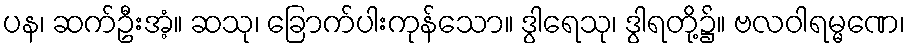
ပန၊ ဆက်ဦးအံ့။ ဆသု၊ ခြောက်ပါးကုန်သော။ ဒွါရေသု၊ ဒွါရတို့၌။ ဗလဝါရမ္မဏေ၊